Sketch of the medical history of the native army of Bombay, for the year
Year: 1870
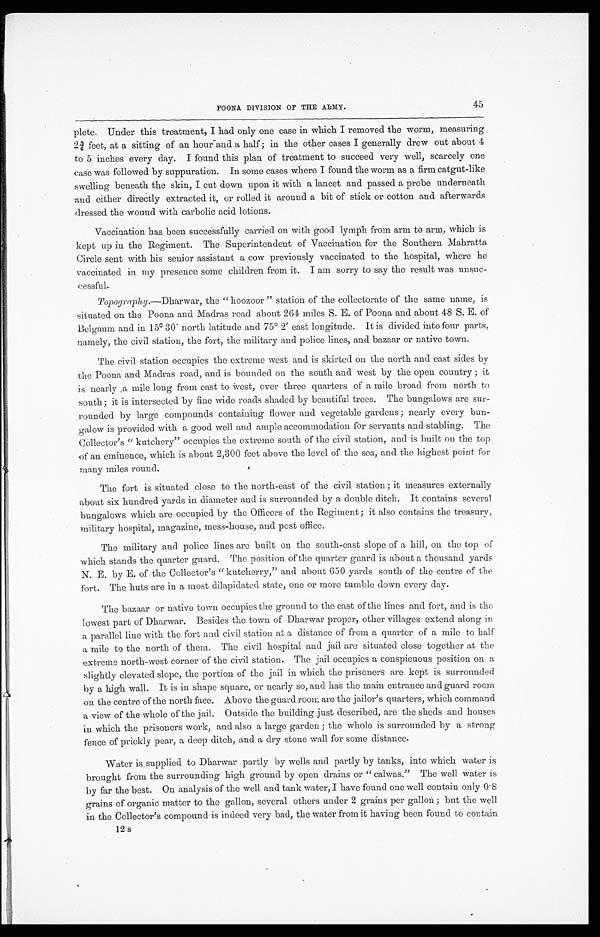
45
POONA DIVISION OF THE ARMY.
plete. Under this treatment, I had only one case in which I removed the worm, measuring
2¾ feet, at a sitting of an hour -and a half; in the other cases I generally drew out about 4
to 5 inches every day. I found this plan of treatment to succeed very well, scarcely one
case was followed by suppuration. In some cases where I found the worm as a firm catgut-like
swelling beneath the skin, I cut down upon it with a lancet and passed a probe underneath
and either directly extracted it, or rolled it around a bit of stick or cotton and afterward
dressed the wound with carbolic acid lotions.
Vaccination has been successfully carried on with good lymph from arm to arm, which is
kept up in the Regiment. The Superintendent of Vaccination for the Southern Mahratta
Circle sent with his senior assistant a cow previously vaccinated to the hospital, where he
vaccinated in my presence some children from it. I am sorry to say the result was unsuc-
cessful.
Topography .—Dharwar, the "hoozoor" station of the collectorate of the same name, is
situated on the Poona and Madras road about 264 miles S. E. of Poona and about 48 S. E. of
Belgaum and in 15° 30 north latitude and 75° 2' east longitude. It is divided into four parts
namely, the civil station, the fort, the military and police lines, and bazaar or native town.
The civil station occupies the extreme west and is skirted on the north and east sides by
the Poona and Madras road, and is bounded on the south and west by the open country ; it
is nearly .a mile long from east to West, over three quarters of a mile broad from north to
south; it is intersected by fine wide roads shaded by beautiful trees. The bungalows are
s u r -
r o u n d e d b y l a r g e c o m p o u n d s c o n t a i n i n g f l o w e r a n d v e g e t a b l e g a r d e n s ; n e a r l y e v e r y b u n -
galow is provided with a good well and ample accommodation for servants and stabling. The
Collector's "k utchery" occupies the extreme south of the civil station, and is built on the top
of an eminence, which is about 2,300 feet above the level of the sea, and the highest point for
many miles round.
The fort is situated close to the north-east of the civil station ; it measures externally
about six hundred yards in diameter and is surrounded by a double ditch. It contains sever
bungalows which are occupied by the Officers of the Regiment ; it also contains the treasury
military hospital, magazine, mess-house, and post office.
The military and police lines are built on the south-east slope of a hill, on the top
of which stands the quarter guard. The position of the quarter guard is about a thousand yard
N. E. by E. of the Collector's "kutcherry," and about 650 yards south of the centre of the
fort. The huts are in a most dilapidated state, one or more tumble down every day.
The bazaar or native town occupies the ground to the east of the lines and fort, and is the
lowest part of Dharwar. Besides the town of Dharwar proper, other villages extend along
a parallel line with the fort and civil station at a distance of from a quarter of a mile to
a mile to the north of them. The civil hospital and jail are situated close together at the
extreme north-west corner of the civil station. The jail occupies a conspicuous position on
slightly elevated slope, the portion of the jail in which the prisoners are kept is surrounded
by a high wall. It is in shape square, or nearly so, and has the main entrance and guard room
on the centre of the north face. Above the guard room are the jailor's quarters, which comman
a view of the whole of the jail. Outside the building just described, are the sheds and h
ouse in which the prisoners work, and also a large garden ; the whole is surrounded by a strong
fence of prickly pear, a deep ditch, and a dry stone wall for some distance.
Water is supplied to Dharwar partly by wells and partly by tanks, into which water
brought from the surrounding high ground by open drains or " calwas." The well water
by far the best. On analysis of the well and tank water, I have found one well contain only 0.8
grains of organic matter to the gallon, several others under 2 grains per gallon ; but the we
l l i n t h e C o l l e c t o r ' s c o m p o u n d i s i n d e e d v e r y b a d , t h e w a t e rf
r o m
i t
h a v i n g b e e n f o u n d t o c o n t a i n